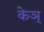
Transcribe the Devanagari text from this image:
केञ्